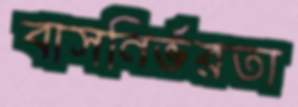
বাসনির্ভরতা